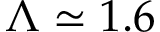
\Lambda \simeq 1 . 6